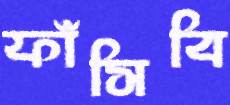
ফাঁসিবি